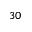
3 0